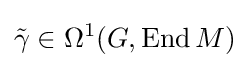
{\tilde {\gamma }}\in \Omega ^{1}(G,\operatorname {End} M)